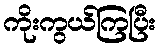
ကိုးကွယ်ကြပြီး